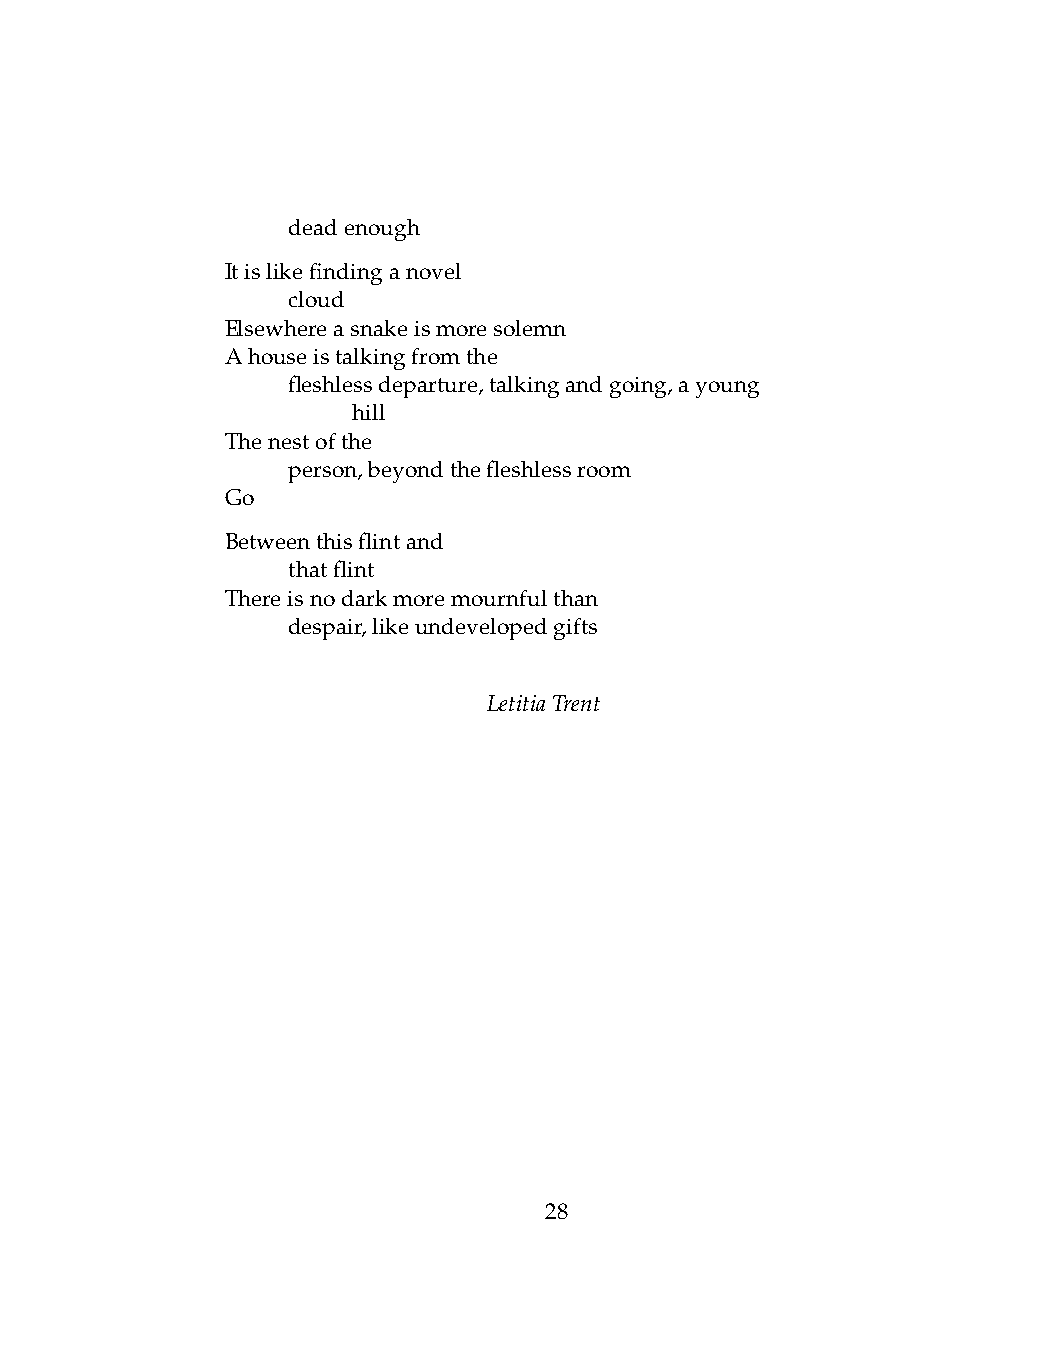
.   deadenough
 Itislikefindinganovel
 .   cloud
 Elsewhereasnakeismoresolemn
 Ahouseistalkingfromthe
 .   fleshlessdeparture,talkingandgoing,ayoung
 .   .   hill
 Thenestofthe
 .   person,beyondthefleshlessroom
 Go
 Betweenthisflintand
 .   thatflint
 Thereisnodarkmoremournfulthan
 .   despair,likeundevelopedgifts
 LetitiaTrent
 28